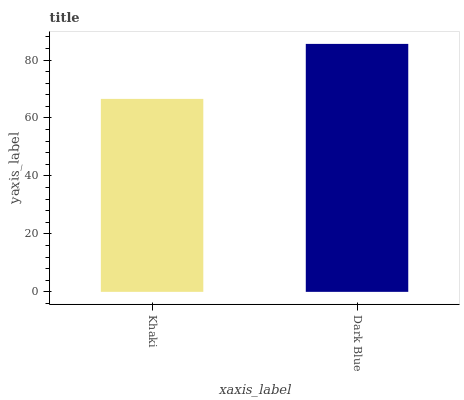
| xaxis_label | bars |
 | --- | --- |
 | Khaki | 66.6 |
 | Dark Blue | 85.6 |